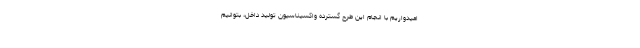
امیدواریم با انجام این طرح گسترده واکسیناسیون تولید داخل، بتوانیم